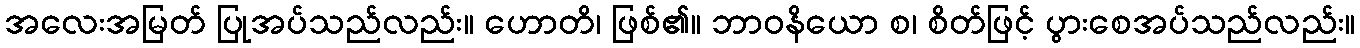
အလေးအမြတ် ပြုအပ်သည်လည်း။ ဟောတိ၊ ဖြစ်၏။ ဘာဝနိယော စ၊ စိတ်ဖြင့် ပွားစေအပ်သည်လည်း။